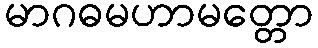
မာဂဓမဟာမတ္တော